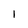
Character: 1